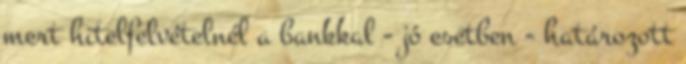
mert hitelfelvételnél a bankkal - jó esetben - határozott